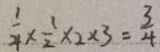
\frac { 1 } { 4 } \times \frac { 1 } { 2 } \times 2 \times 3 = \frac { 3 } { 4 }